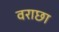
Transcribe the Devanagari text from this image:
वराछा